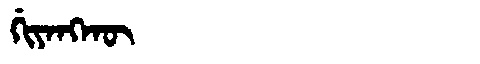
Manchu: ᡤᡳᠶᠠᠩᡴᡡ
Romanization: GIYANGKŪ